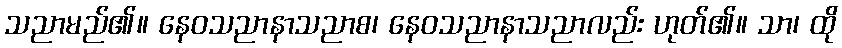
သညာမည်၏။ နေဝသညာနာသညာစ၊ နေဝသညာနာသညာလည်း ဟုတ်၏။ သာ၊ ထို